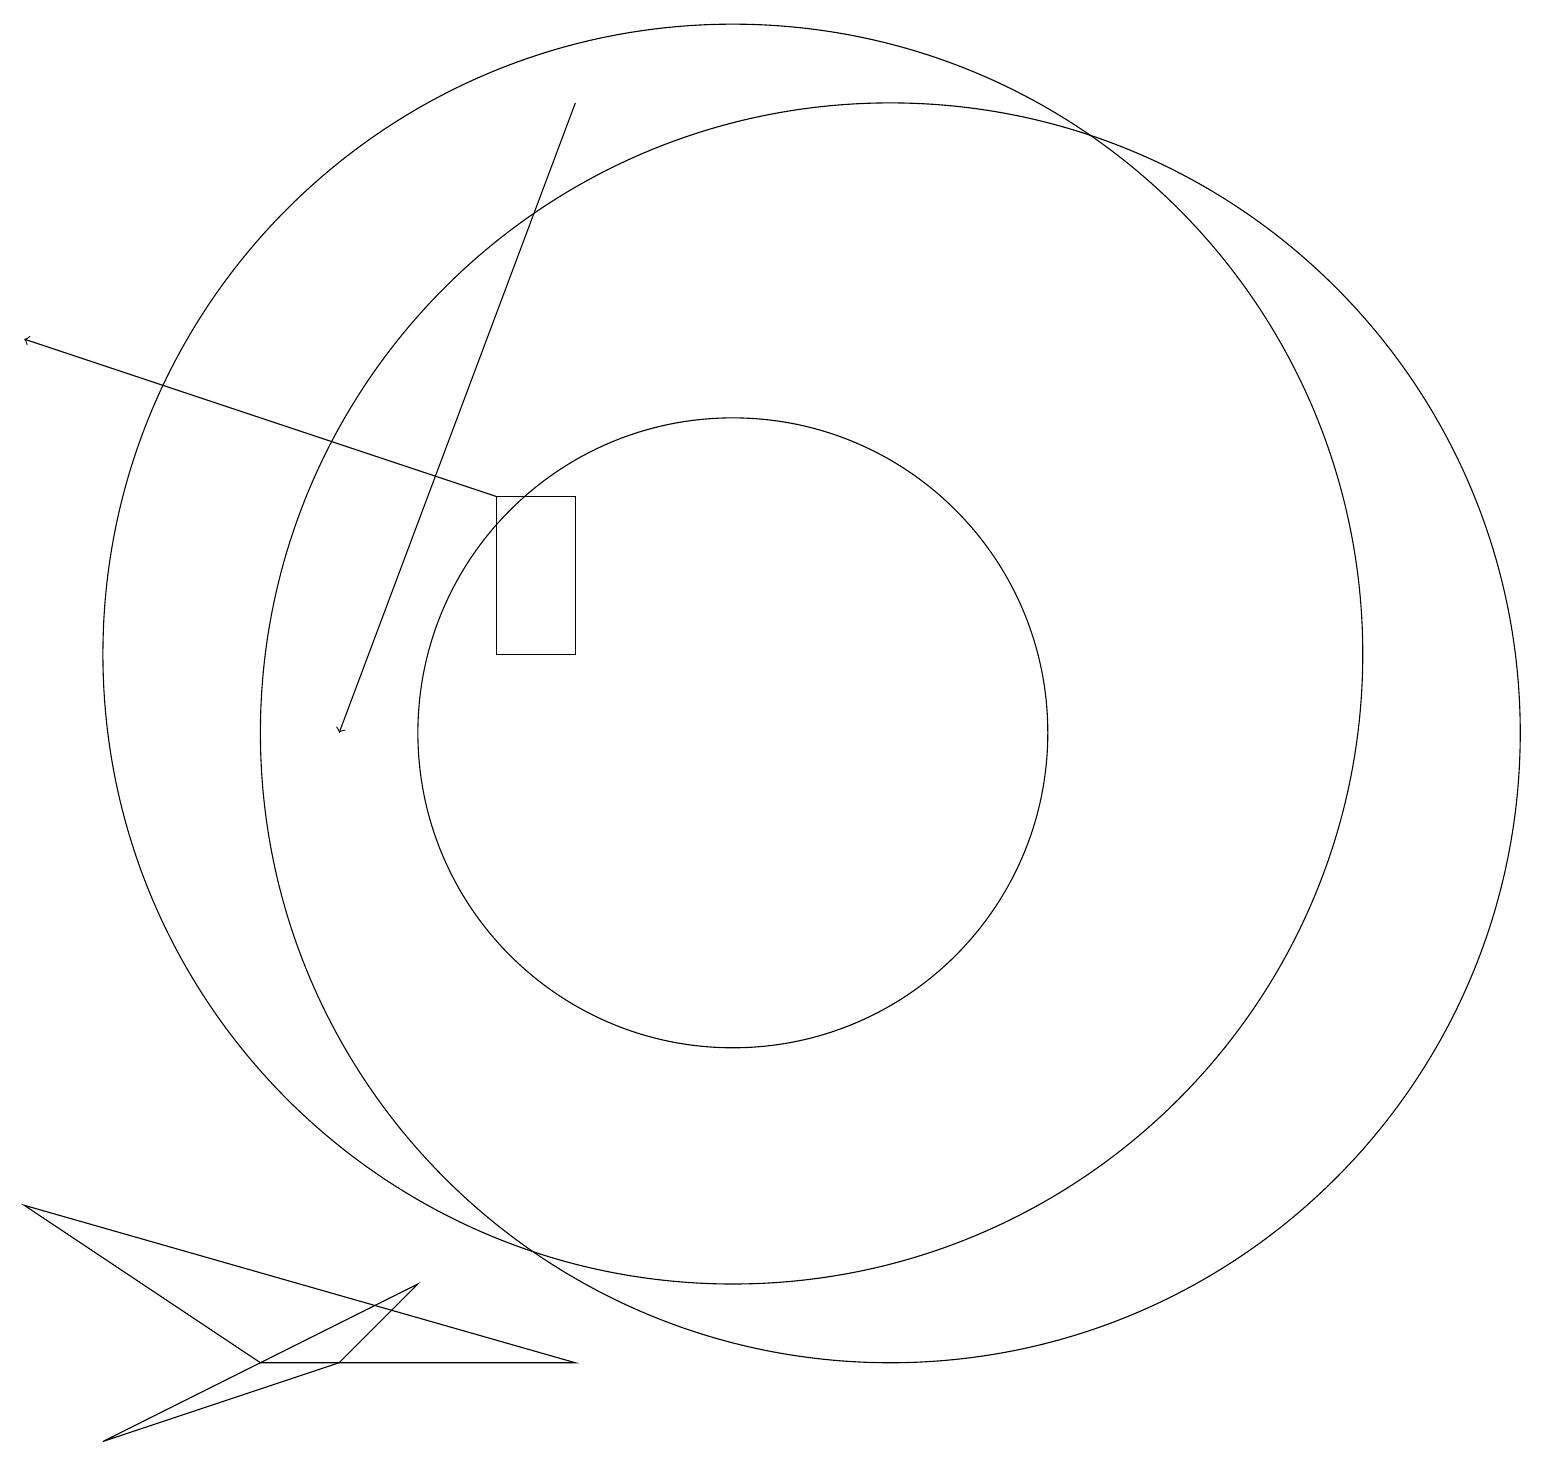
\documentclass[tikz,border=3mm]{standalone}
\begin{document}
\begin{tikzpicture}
\draw (12,10) circle (8);
\draw (10,10) circle (4);
\draw (10,11) circle (8);
\draw (6,3) -- (5,2) -- (2,1) -- cycle;
\draw (8,11) rectangle (7,13);
\draw[->] (8,18) -- (5,10);
\draw[->] (7,13) -- (1,15);
\draw (8,2) -- (1,4) -- (4,2) -- cycle;
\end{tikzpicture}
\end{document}